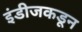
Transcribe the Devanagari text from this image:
इंडीजकडून